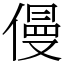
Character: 僈